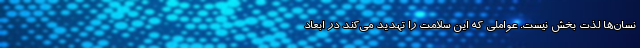
نسان‌ها لذت بخش نیست. عواملی که این سلامت را تهدید می‌کند در ابعاد